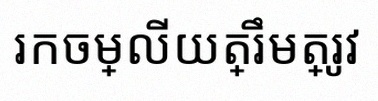
រកចម្លើយត្រឹមត្រូវ